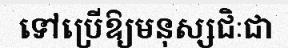
ទៅប្រើឱ្យមនុស្សជិៈជា